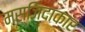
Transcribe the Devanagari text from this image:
मस्जिदाकार